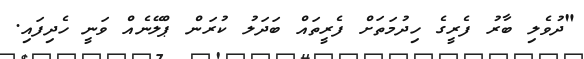
"ދުވެލި ބާރު ފެރީގެ ހިދުމަތަށް ފެރީތައް ބަދަލު ކުރަން ޕްލޭނެއް ވަނީ ހެދިފައި.